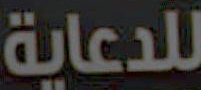
للدعاية